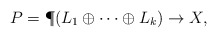
\begin{align*}P=\P(L_1\oplus\cdots\oplus L_k)\rightarrow X,\end{align*}